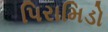
પિરામિડો